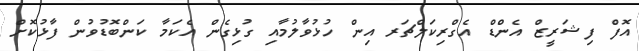
އޮފް ފިޝަރީޒް އެންޑް އެގްރިކަލްޗަރ އިން ހުޅުވާލުމާއި ގުޅިގެން އެކަމާ ކަންބޮޑުވުން ފާޅުކޮށް